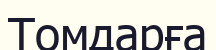
Томдарға